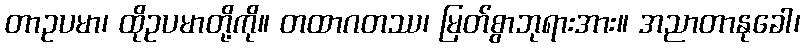
တာဥပမာ၊ ထိုဥပမာတို့ကို။ တထာဂတဿ၊ မြတ်စွာဘုရားအား။ အညာတာနုခေါ၊